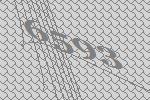
6593